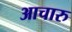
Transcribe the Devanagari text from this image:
आचारु